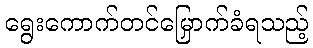
ရွေးကောက်တင်မြှောက်ခံရသည့်